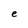
Character: e